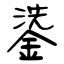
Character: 鍌